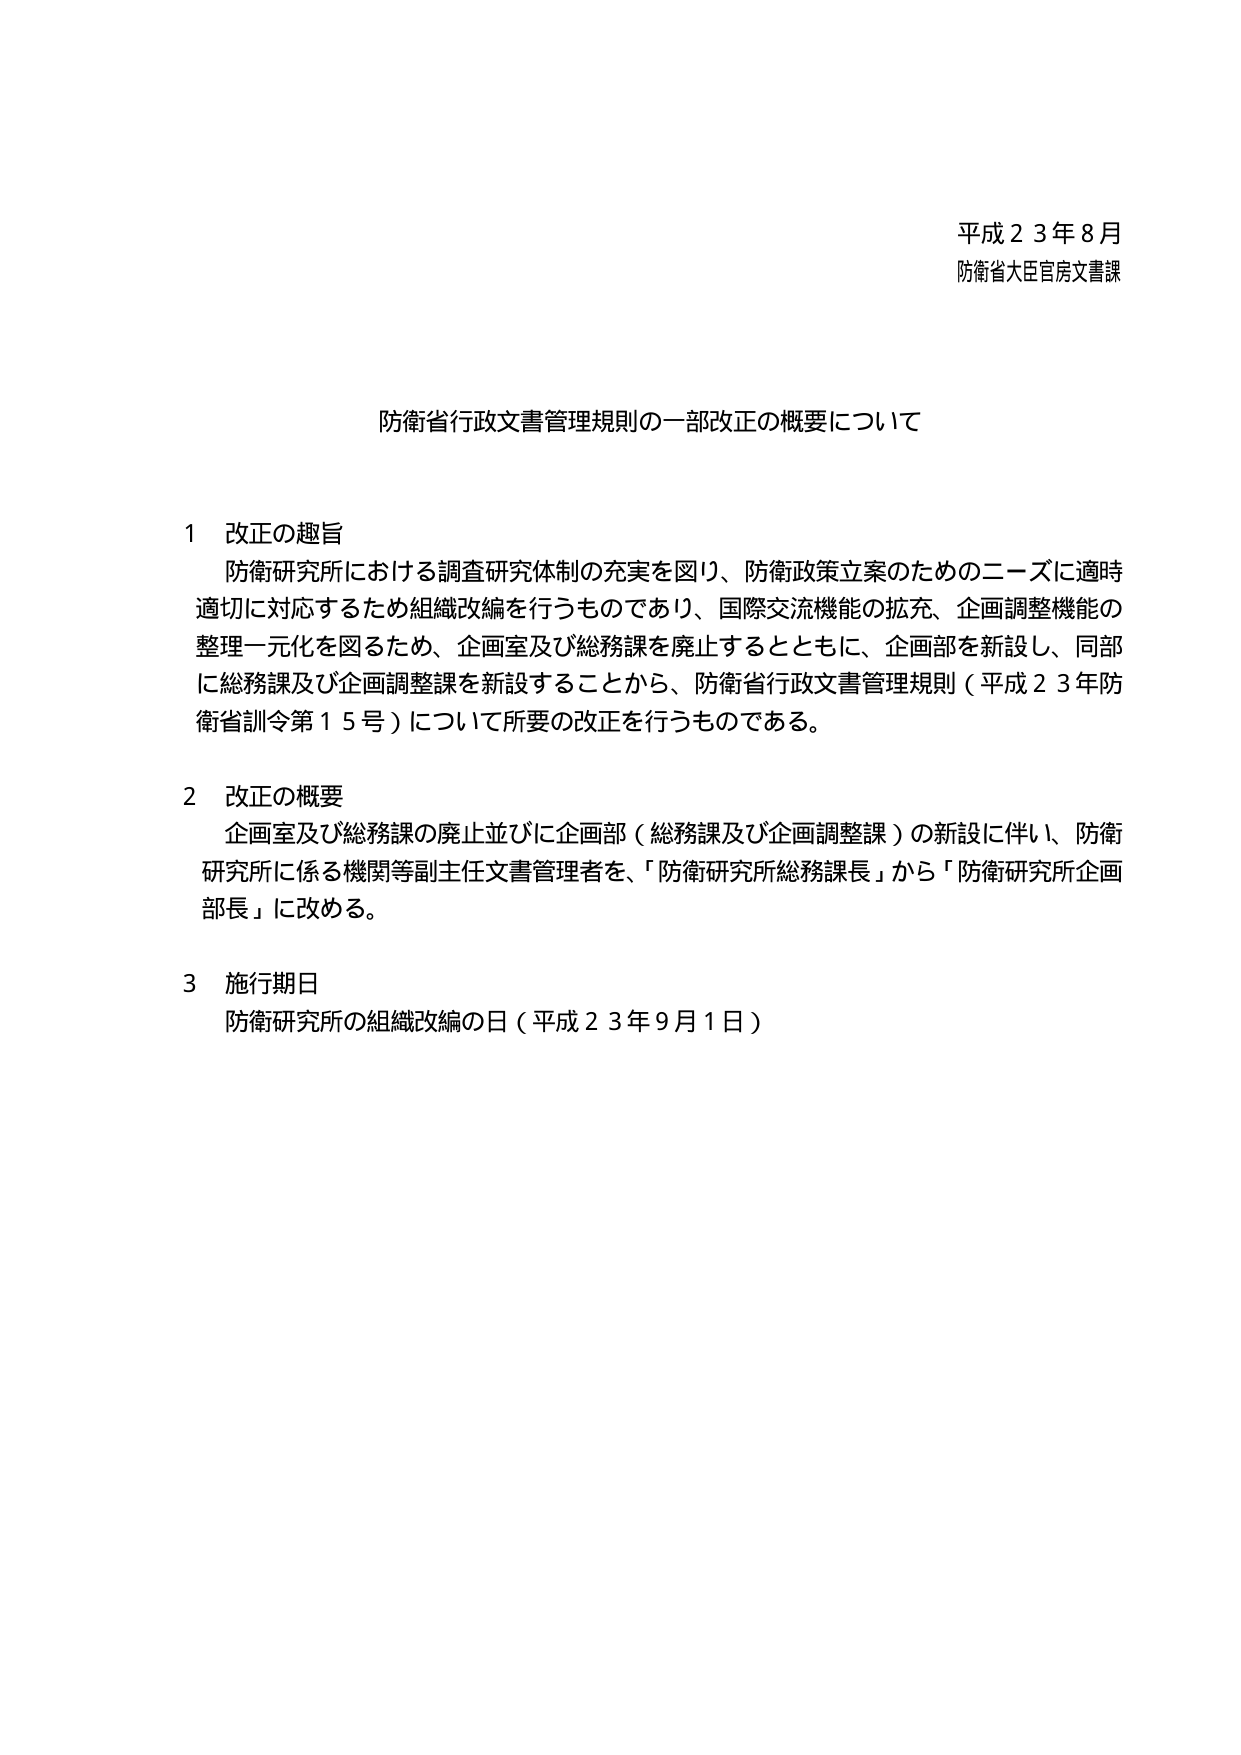
平成２３年８月
防衛省大臣官房文書課

防衛省行政文書管理規則の一部改正の概要について

１ 改正の趣旨
防衛研究所における調査研究体制の充実を図り、防衛政策立案のためのニーズに適時適切に対応するため組織改編を行うものであり、国際交流機能の拡充、企画調整機能の整理一元化を図るため、企画室及び総務課を廃止するとともに、企画部を新設し、同部に総務課及び企画調整課を新設することから、防衛省行政文書管理規則（平成２３年防衛省訓令第１５号）について所要の改正を行うものである。

２ 改正の概要
企画室及び総務課の廃止並びに企画部（総務課及び企画調整課）の新設に伴い、防衛研究所に係る機関等副主任文書管理者を、「防衛研究所総務課長」から「防衛研究所企画部長」に改める。

３ 施行期日
防衛研究所の組織改編の日（平成２３年９月１日）